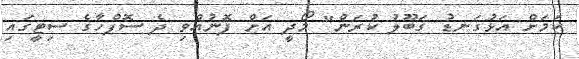
ކަމަށް އަޅުގަނޑު ގަބޫލު ކުރަން" މޯދީ އަށް ފޮނުއްވި ދެ ސޮފްހާގެ ސިޓީގައި